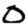
Digit: 0